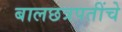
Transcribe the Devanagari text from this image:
बालछत्रपतींचे